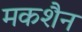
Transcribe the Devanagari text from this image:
मकशैन